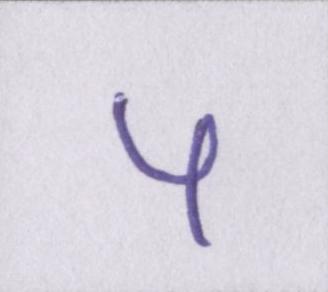
५